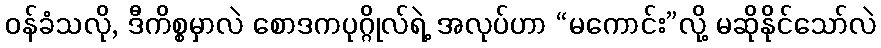
ဝန်ခံသလို, ဒီကိစ္စမှာလဲ စောဒကပုဂ္ဂိုလ်ရဲ့ အလုပ်ဟာ “မကောင်း”လို့ မဆိုနိုင်သော်လဲ